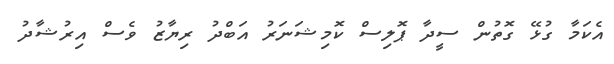
އެކަމާ ގުޅޭ ގޮތުން ސީދާ ޕޮލިސް ކޮމިޝަނަރު އަބްދު ރިޔާޒު ވެސް އިރުޝާދު